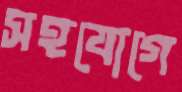
সহযোগে